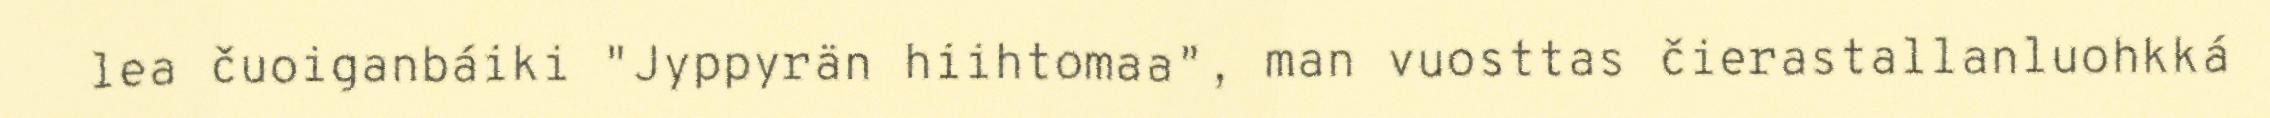
lea čuoiganbáiki "Jyppyrän hiihtomaa", man vuosttas čierastallanluohkká